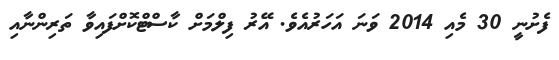
ފެށުނީ 30 މެއި 2014 ވަނަ އަހަރުއެވެ. އޭރު ފިލްމަށް ކާސްޓްކޮށްފައިވާ ތަރިންނާއި